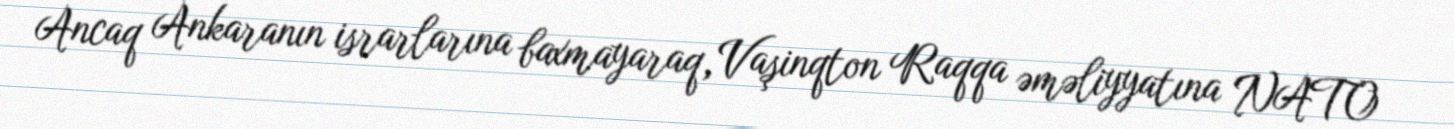
Ancaq Ankaranın israrlarına baxmayaraq, Vaşinqton Raqqa əməliyyatına NATO